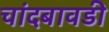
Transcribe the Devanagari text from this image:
चांदबावडी